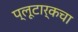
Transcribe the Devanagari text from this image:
प्लूटार्कचा